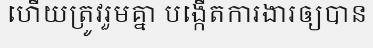
ហើយត្រូវរួមគ្នា បង្កើតការងារឲ្យបាន